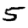
Digit: 5